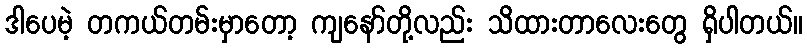
ဒါပေမဲ့ တကယ်တမ်းမှာတော့ ကျနော်တို့လည်း သိထားတာလေးတွေ ရှိပါတယ်။